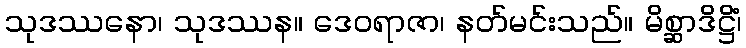
သုဒဿနော၊ သုဒဿန။ ဒေဝရာဇာ၊ နတ်မင်းသည်။ မိစ္ဆာဒိဋ္ဌိံ၊